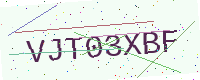
Text: VJT03XBF